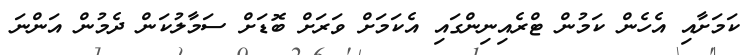
ކަމަށާއި އެހެން ކަމުން ޓްރެއިނިންގައި އެކަމަށް ވަރަށް ބޮޑަށް ސަމާލުކަން ދެމުން އަންނަ